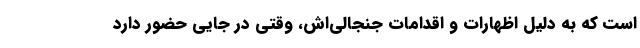
است که به دلیل اظهارات و اقدامات جنجالی‌اش، وقتی در جایی حضور دارد